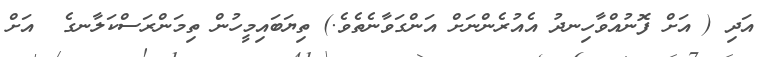
އަދި ( އަށް ފޮނުއްވާހިނދު އެއުރެންނަށް އަންގަވާނެތެވެ.) ތިޔަބައިމީހުން ތިމަންރަސްކަލާނގެ  އަށް